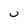
Character: u